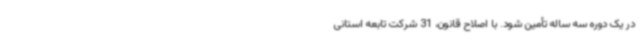
در یک دوره سه ساله تأمین شود. با اصلاح قانون، 31 شرکت تابعه استانی